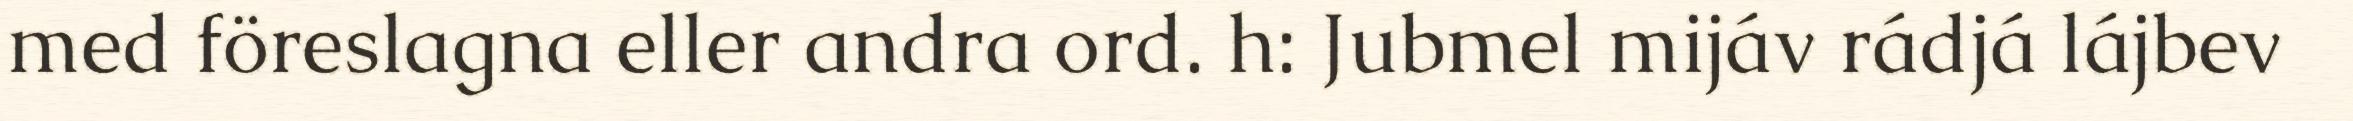
med föreslagna eller andra ord. h: Jubmel mijáv rádjá lájbev